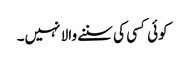
کوئی کسی کی سننے والا نہیں۔